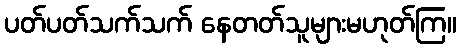
ပတ်ပတ်သက်သက် နေတတ်သူများမဟုတ်ကြ။